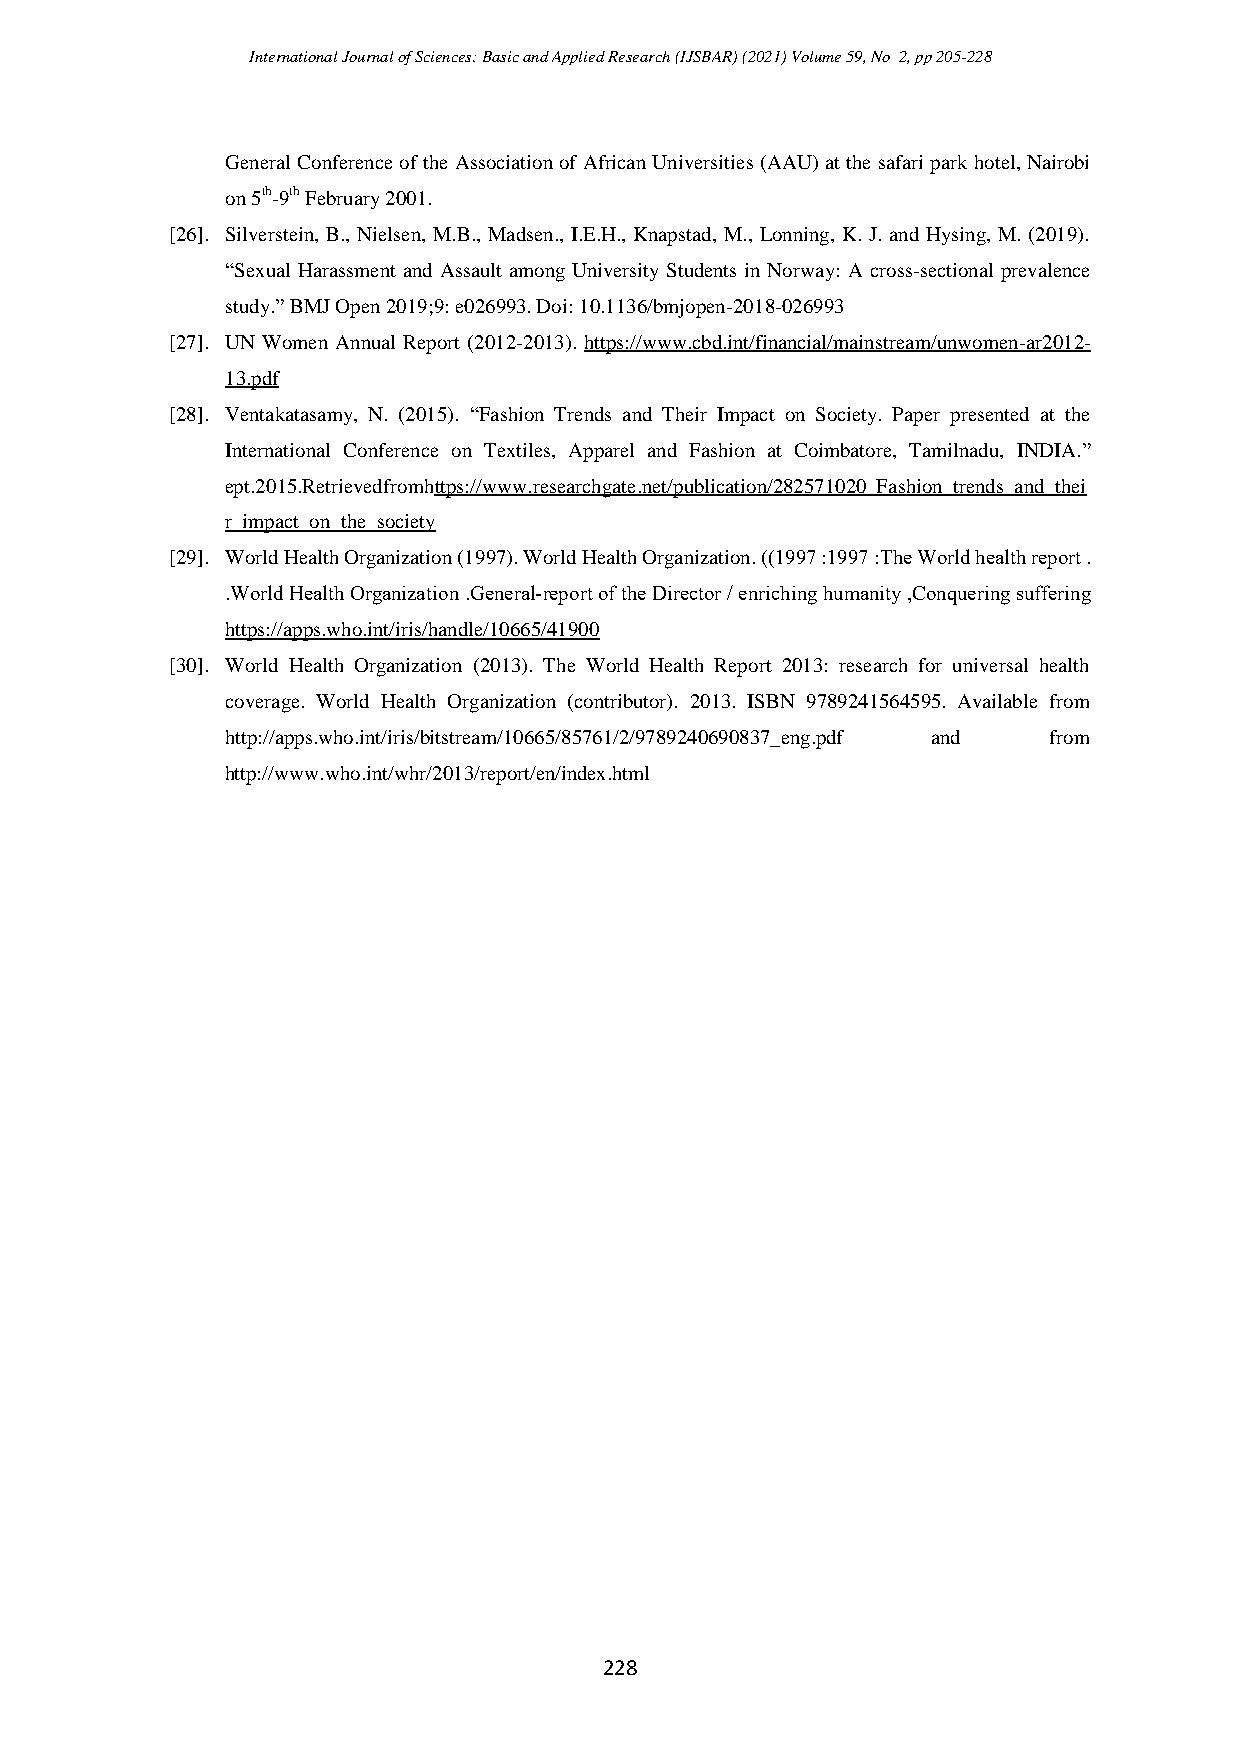
International Journal of Sciences: Basic and Applied Research (IJSBAR) (2021) Volume 59, No 2, pp 205-228
 General Conference of the Association of African Universities (AAU) at the safari park hotel, Nairobi
 on 5th-9th February 2001.
 [26]. Silverstein, B., Nielsen, M.B., Madsen., I.E.H., Knapstad, M., Lonning, K. J. and Hysing, M. (2019).
 “Sexual Harassment and Assault among University Students in Norway: A cross-sectional prevalence
 study.” BMJ Open 2019;9: e026993. Doi: 10.1136/bmjopen-2018-026993
 [27]. UN Women Annual Report (2012-2013). https://www.cbd.int/financial/mainstream/unwomen-ar2012-
 13.pdf
 [28]. Ventakatasamy, N. (2015). “Fashion Trends and Their Impact on Society. Paper presented at the
 International Conference on Textiles, Apparel and Fashion at Coimbatore, Tamilnadu, INDIA.”
 ept.2015.Retrievedfromhttps://www.researchgate.net/publication/282571020_Fashion_trends_and_thei
 r_impact_on_the_society
 [29]. World Health Organization (1997). World Health Organization. ( (1997 :1997 :The World health report .
 .World Health Organi ation .General-report of the oirector / enriching humanity ,Conquering suffering
 https://apps.who.int/iris/handle/10665/41900
 [30]. World Health Organization (2013). The World Health Report 2013: research for universal health
 coverage. World Health Organization (contributor). 2013. ISBN 9789241564595. Available from
 http://apps.who.int/iris/bitstream/10665/85761/2/9789240690837_eng.pdf and from
 http://www.who.int/whr/2013/report/en/index.html
 228